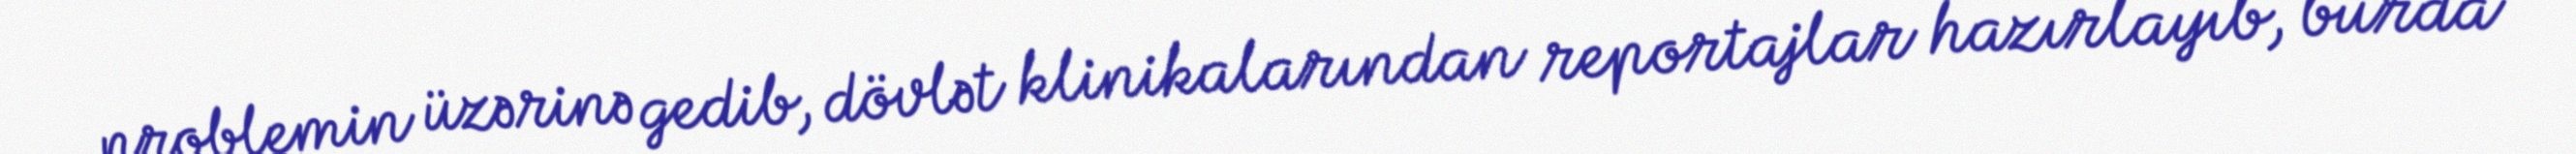
problemin üzərinə gedib, dövlət klinikalarından reportajlar hazırlayıb, burda